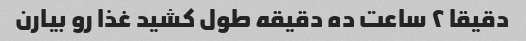
دقیقا ٢ ساعت ده دقیقه طول کشید غذا رو بیارن